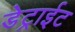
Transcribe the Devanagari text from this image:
डेट्राईट